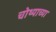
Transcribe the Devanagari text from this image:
चोथ्याच्या